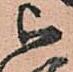
被